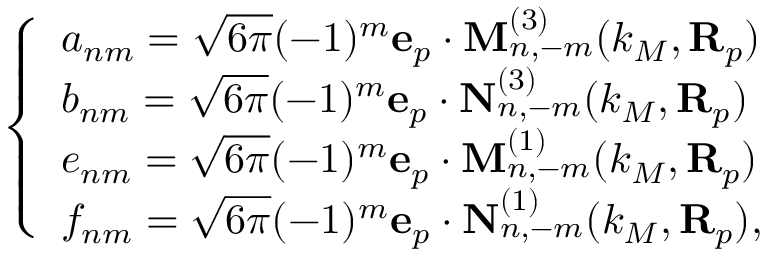
\left\{ \begin{array} { l l } { a _ { n m } = \sqrt { 6 \pi } ( - 1 ) ^ { m } \mathbf { e } _ { p } \cdot \mathbf { M } _ { n , - m } ^ { ( 3 ) } ( k _ { M } , \mathbf { R } _ { p } ) } \\ { b _ { n m } = \sqrt { 6 \pi } ( - 1 ) ^ { m } \mathbf { e } _ { p } \cdot \mathbf { N } _ { n , - m } ^ { ( 3 ) } ( k _ { M } , \mathbf { R } _ { p } ) } \\ { e _ { n m } = \sqrt { 6 \pi } ( - 1 ) ^ { m } \mathbf { e } _ { p } \cdot \mathbf { M } _ { n , - m } ^ { ( 1 ) } ( k _ { M } , \mathbf { R } _ { p } ) } \\ { f _ { n m } = \sqrt { 6 \pi } ( - 1 ) ^ { m } \mathbf { e } _ { p } \cdot \mathbf { N } _ { n , - m } ^ { ( 1 ) } ( k _ { M } , \mathbf { R } _ { p } ) , } \end{array} \right.